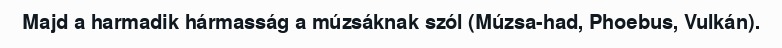
Majd a harmadik hármasság a múzsáknak szól (Múzsa-had, Phoebus, Vulkán).